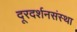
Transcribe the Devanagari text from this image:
दूरदर्शनसंस्था